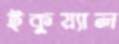
ইকুয়্যাল